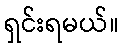
ရှင်းရမယ်။